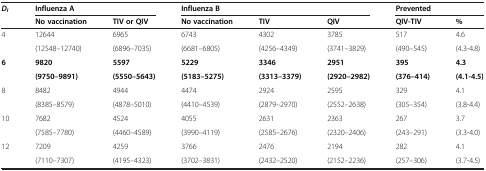
| <ROWSPAN=2> DI | <COLSPAN=2> Influenza A | <COLSPAN=3> Influenza B | <COLSPAN=2> Prevented |
 | No vaccination | TIV or QIV | No vaccination | TIV | QIV | QIV-TIV | % |
 | --- | --- | --- | --- | --- | --- | --- | --- |
 | <ROWSPAN=2> 4 | 12644 | 6965 | 6743 | 4302 | 3785 | 517 | 4.6 |
 | (12548–12740) | (6896–7035) | (6681–6805) | (4256–4349) | (3741–3829) | (490–545) | (4.3-4.8) |
 | <ROWSPAN=2> 6 | 9820 | 5597 | 5229 | 3346 | 2951 | 395 | 4.3 |
 | (9750–9891) | (5550–5643) | (5183–5275) | (3313–3379) | (2920–2982) | (376–414) | (4.1-4.5) |
 | <ROWSPAN=2> 8 | 8482 | 4944 | 4474 | 2924 | 2595 | 329 | 4.1 |
 | (8385–8579) | (4878–5010) | (4410–4539) | (2879–2970) | (2552–2638) | (305–354) | (3.8-4.4) |
 | <ROWSPAN=2> 10 | 7682 | 4524 | 4055 | 2631 | 2363 | 267 | 3.7 |
 | (7585–7780) | (4460–4589) | (3990–4119) | (2585–2676) | (2320–2406) | (243–291) | (3.3-4.0) |
 | <ROWSPAN=2> 12 | 7209 | 4259 | 3766 | 2476 | 2194 | 282 | 4.1 |
 | (7110–7307) | (4195–4323) | (3702–3831) | (2432–2520) | (2152–2236) | (257–306) | (3.7-4.5) |